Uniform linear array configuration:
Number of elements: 48
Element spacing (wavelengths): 1
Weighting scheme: hann
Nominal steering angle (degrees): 30
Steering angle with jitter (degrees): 30.784
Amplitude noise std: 0.05
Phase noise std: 0.05

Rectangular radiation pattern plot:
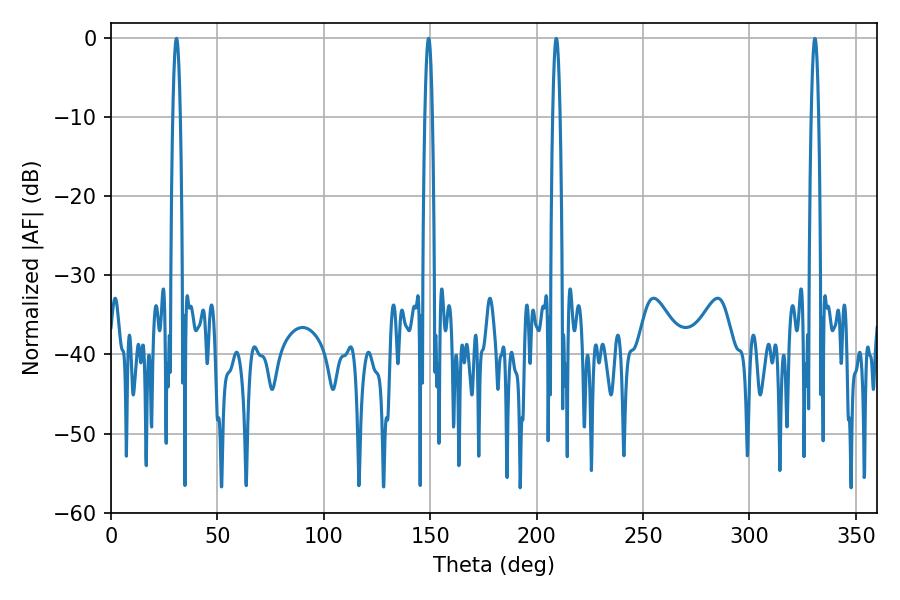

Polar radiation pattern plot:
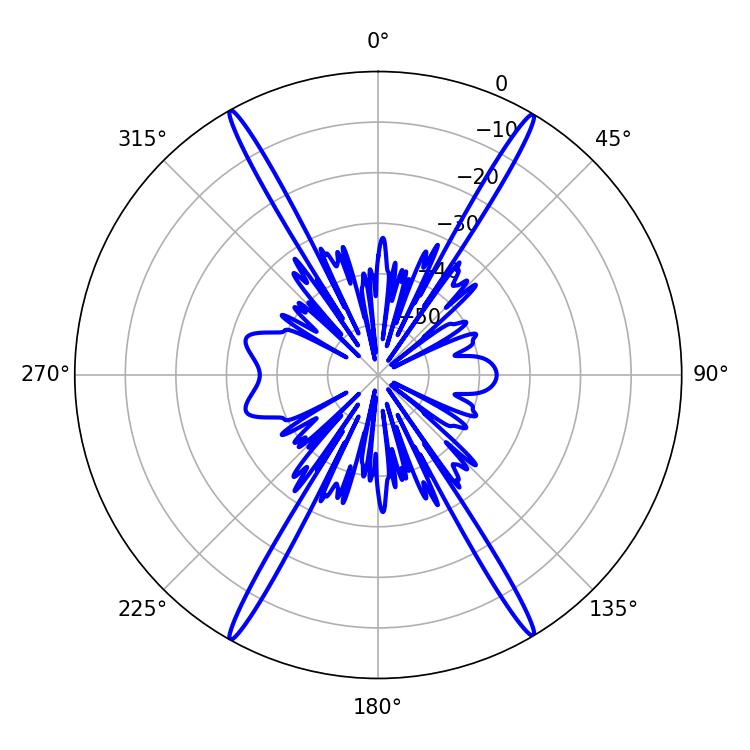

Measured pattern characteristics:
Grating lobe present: TRUE
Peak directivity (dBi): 29.746
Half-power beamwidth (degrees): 1.8
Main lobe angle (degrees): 30.78